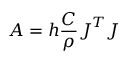
{ \boldsymbol { A } } = h \frac C \rho { \boldsymbol { J } } ^ { T } { \boldsymbol { J } }